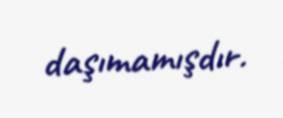
daşımamışdır.